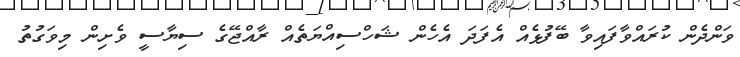
ވަންދެން ކުރައްވާފައިވާ ބޭފުޅެއް އެފަދަ އެހެން ޝަހްސިއްޔަތެއް ރާއްޖޭގެ ސިޔާސީ ވެށިން މިވަގުތު